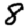
Digit: 8